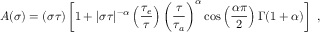
{ \cal A } ( \sigma ) = ( \sigma \tau ) \left[ 1 + | \sigma \tau | ^ { - \alpha } \left( \frac { \tau _ { e } } { \tau } \right) \left( \frac { \tau } { \tau _ { a } } \right) ^ { \alpha } \cos \left( \frac { \alpha \pi } { 2 } \right) \Gamma ( 1 + \alpha ) \right] \ ,